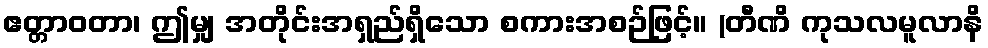
ဧတ္တာဝတာ၊ ဤမျှ အတိုင်းအရှည်ရှိသော စကားအစဉ်ဖြင့်။ (တီဏိ ကုသလမူလာနိ